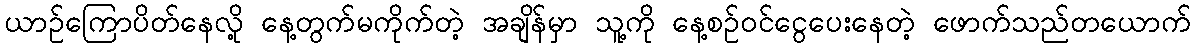
ယာဉ်ကြောပိတ်နေလို့ နေ့တွက်မကိုက်တဲ့ အချိန်မှာ သူ့ကို နေ့စဉ်ဝင်ငွေပေးနေတဲ့ ဖောက်သည်တယောက်